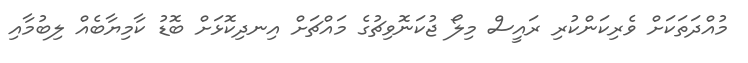
މުއްދަތަކަށް ވެރިކަންކުރި ރައީސް މިލޯ ޖުކަނޮވިޗުގެ މައްޗަށް އިނދިކޮޅަށް ބޮޑު ކާމިޔާބެއް ލިބުމާއި